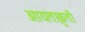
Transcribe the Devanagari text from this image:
आयताक्रुती